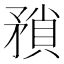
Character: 𭿻